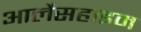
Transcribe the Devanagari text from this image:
आर्लेसहाइम